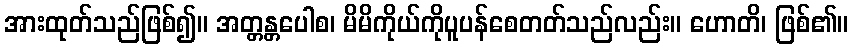
အားထုတ်သည်ဖြစ်၍။ အတ္တန္တပေါစ၊ မိမိကိုယ်ကိုပူပန်စေတတ်သည်လည်း။ ဟောတိ၊ ဖြစ်၏။